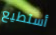
أستطيع